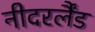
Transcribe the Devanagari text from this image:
नीदरर्लैंड